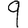
Digit: 9